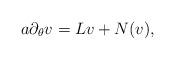
LaTeX: \begin{align*}a\partial_\theta v = Lv+N(v), \end{align*}